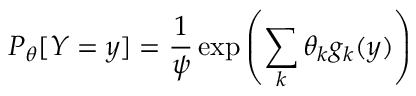
P _ { \theta } [ Y = y ] = \frac { 1 } { \psi } \exp \left( \sum _ { k } \theta _ { k } g _ { k } ( y ) \right)